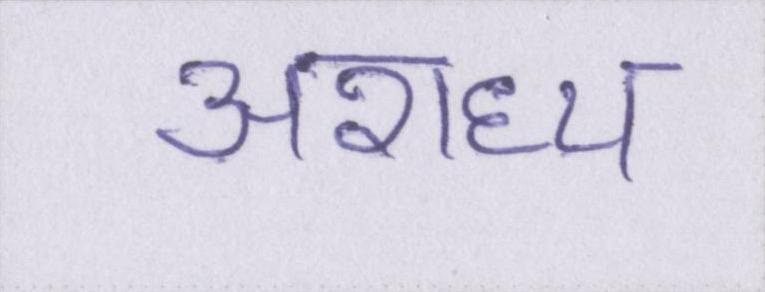
अराध्य